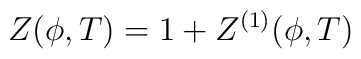
Z(\phi ,T)=1+Z^{(1)}(\phi ,T)